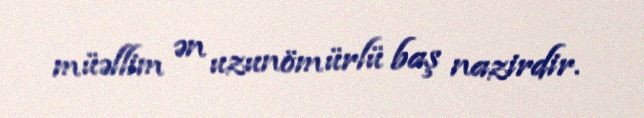
müəllim ən uzunömürlü baş nazirdir.